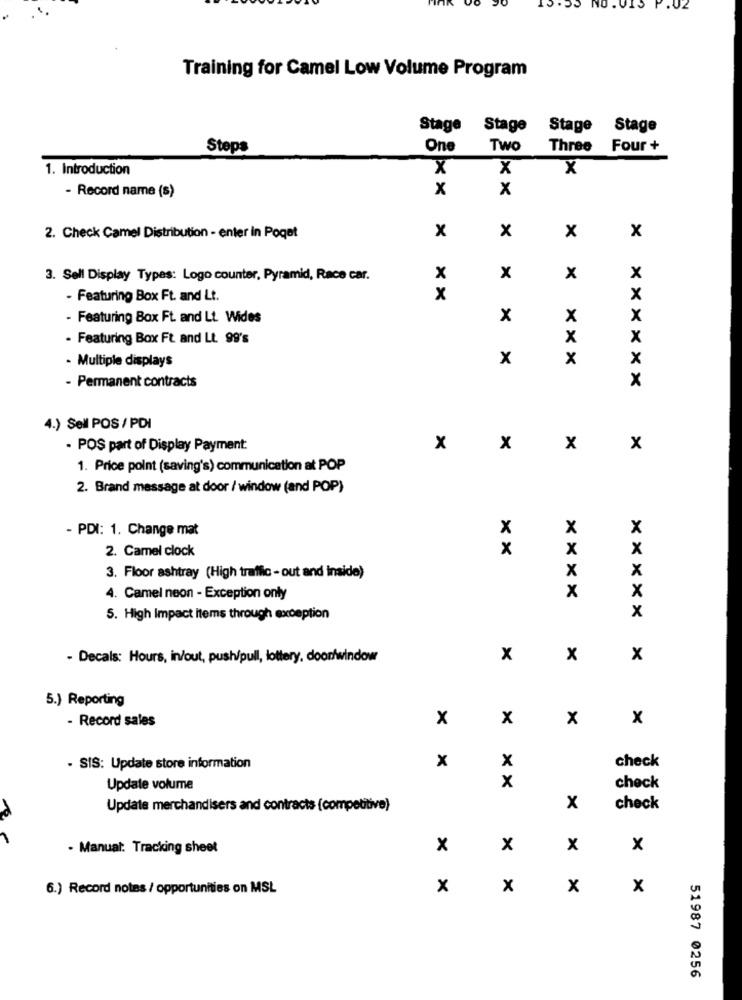
POJ NO .
IS P. 02
Training for Camel Low Volume Program
Stage
Stage
Stage Stage
Steps
One
Two
Three
Four +
1. Introduction
X
X
X
- Record name (s)
x
x
2. Check Camel Distribution - enter in Poget
x
x
x
x
3. Sell Display Types: Logo counter, Pyramid, Race car.
x
x
x
x
- Featuring Box Ft. and Lt.
x
x
- Featuring Box Ft. and Lt. Wides
x
x
x
- Featuring Box Ft. and Lt. 99's
x
x
- Multiple displays
x
x
x
- Permanent contracts
x
4.) Sell POS / PDI
- POS part of Display Payment:
x
x
x
x
1. Price point (saving's) communication at POP
2. Brand message at door / window (and POP)
- PDI: 1. Change mat
x
x
x
2. Camel clock
x
x
x
x
3. Floor ashtray (High traffic - out and inside)
x
x
4. Camel neon - Exception only
x
5. High Impact items through exception
x
- Decals: Hours, in/out, push/pull, lottery, doorfwindow
x
x
x
5.) Reporting
- Record sales
x
x
x
x
x
check
- SIS: Update store information
x
x
Update volume
check
Update merchandisers and contracts (competitive)
x
check
- Manual: Tracking sheet
x
x
x
x
6.) Record notes / opportunities on MSL
x
x
x
x
51987 0256